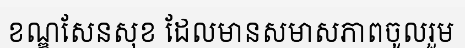
ខណ្ឌសែនសុខ ដែលមានសមាសភាពចូលរួម